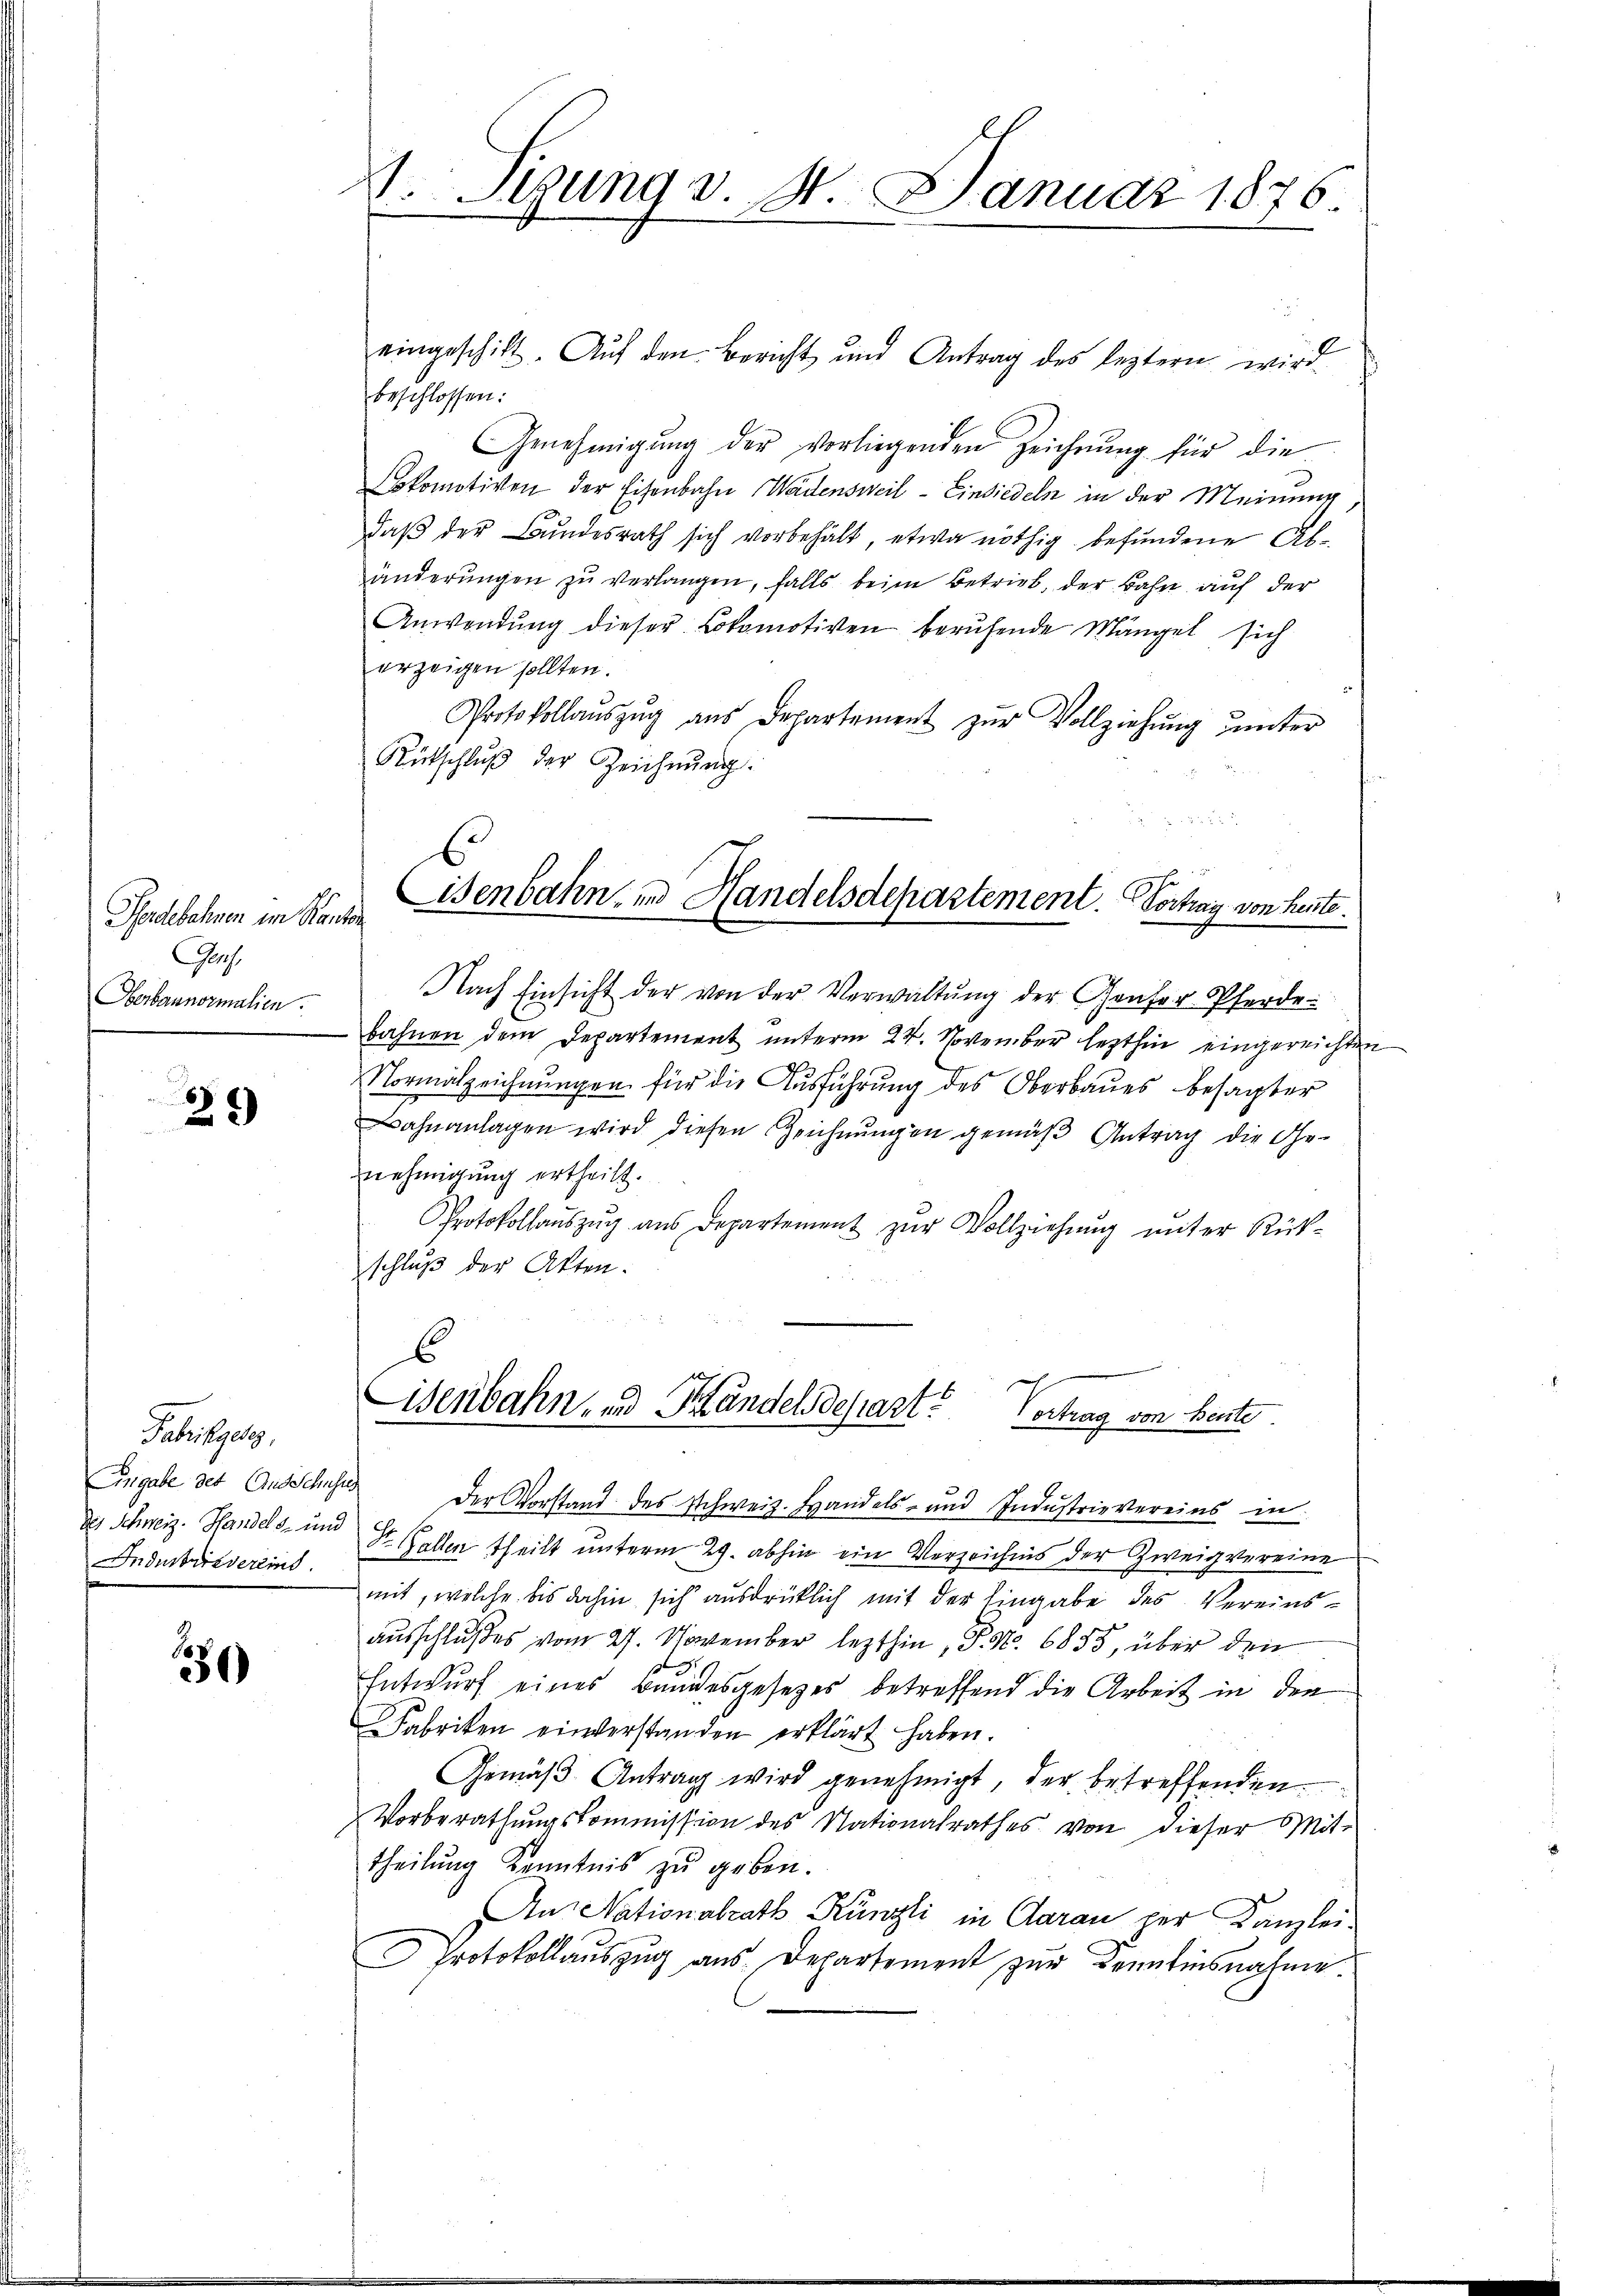
Pferdebahnen im Kanton
Gass
Oberbannormalien.

8
23

Fabrikges
des Schweiz. Handels- und
Industriedereins.

30

V. Sizung v. 4. Januar 1876.

eingeschickt. Auf den Bericht und Antrag des leztern wird
beschlossen:
Genehmigŭng der vorliegenden Zeichnŭng für die
okomotiven der Eisenbahn Wädensweil–Einsiedeln in der Meinung,
daß der Bundesrath sich vorbehält, etwa nöthig befundene Abänderungen zu verlangen, falls beim Betrieb, der Bahn auf der
Anwendŭng dieser Lokomotiven beruhende Mängel sich
erzeigen sollten.
Protokollaŭszŭg ans Departement zŭr Vollziehŭng ŭnter
Rütschluß der Zeichnŭng.

Eisenbahn und Handelsdepartement. Vortrag von heute.

Nach Einsicht der von der Verwaltŭng der Genfer Pferde.
bahnen dem Departement unterm 27. November lezthin eingereichten
Normalzeichnungen für die Ausführung des Oberbaues besagter
ahnanlagen wird diesen Zeichnungen gemäß Antrag die Ge-
nehmigung ertheilt.
Protokollaŭszŭg aŭs Departement zŭr Vollziehŭng unter Rück-
schluß der Akten.
E

Eisenbahn, und Handelsdepart. Vertrag von heute.

Eingabe des Ausschuss der Vorstand des Schweiz. Handels- und Industrievereins in
St. Gallen theilt unterm 29. abhin ein Verzeichnis der Zweig vereine
mit, welche bis dahin sich ausdrücklich mit der Eingabe des Vereinsausschlußes vom 27. November lezthin, P. Nr. 6855, über den
Entwurf eines Bundesgesetzes betreffend die Arbeit in den
Fabriken einverstanden erklärt haben.
Gemäβ Antrag wird genehmigt, der betreffenden
Vorberathungskommission des Nationalrathes von dieser Mittheilung Kenntnis zu geben.
An Nationalrath Künzli in Garan per Kanzlei-
Protokollauszug aus Departement zur Kenntinsnahme